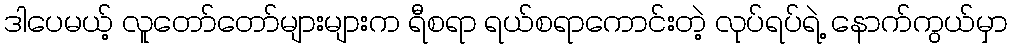
ဒါပေမယ့် လူတော်တော်များများက ရီစရာ ရယ်စရာကောင်းတဲ့ လုပ်ရပ်ရဲ့ နောက်ကွယ်မှာ